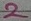
Text: 2